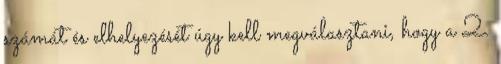
számát és elhelyezését úgy kell megválasztani, hogy a 2.